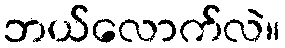
ဘယ်လောက်လဲ။